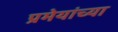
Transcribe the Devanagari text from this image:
प्रमेयांच्या